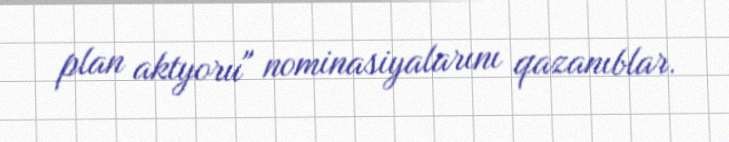
plan aktyoru" nominasiyalarını qazanıblar.